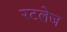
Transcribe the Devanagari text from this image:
रटलेज